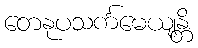
တေနုပသင်္ကမေယျန္တိ